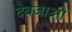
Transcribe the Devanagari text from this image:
देवजाओं